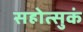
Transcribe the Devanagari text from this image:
सहोत्सुकं